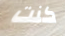
كنت